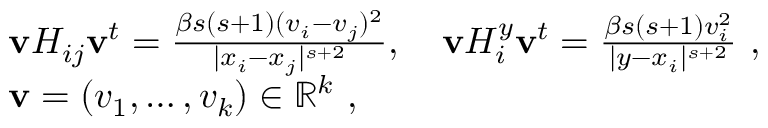
\begin{array} { r l } & { \mathbf v H _ { i j } \mathbf v ^ { t } = \frac { \beta s ( s + 1 ) ( v _ { i } - v _ { j } ) ^ { 2 } } { | x _ { i } - x _ { j } | ^ { s + 2 } } , \quad \mathbf v H _ { i } ^ { y } \mathbf v ^ { t } = \frac { \beta s ( s + 1 ) v _ { i } ^ { 2 } } { | y - x _ { i } | ^ { s + 2 } } \, \, \mathrm { , } \; \, } \\ & { \mathbf v = ( v _ { 1 } , \ldots , v _ { k } ) \in { \mathbb R } ^ { k } \, \, \mathrm { , } \; \, } \end{array}